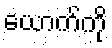
ယောက်ကို